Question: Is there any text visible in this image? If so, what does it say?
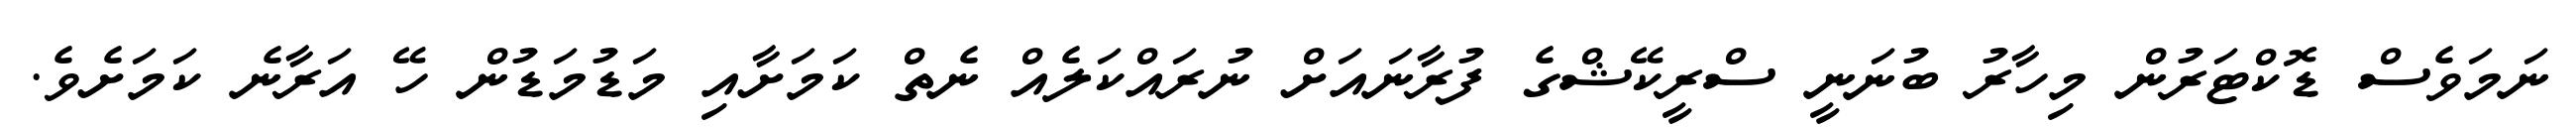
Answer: ނަމަވެސް ޑޮކްޓަރުން މިހާރު ބުނަނީ ސްރީކޭޝްގެ ފުރާނައަށް ނުރައްކަލެއް ނެތް ކަމަށާއި މަޑުމަޑުން ހޭ އަރާނެ ކަމަށެވެ.